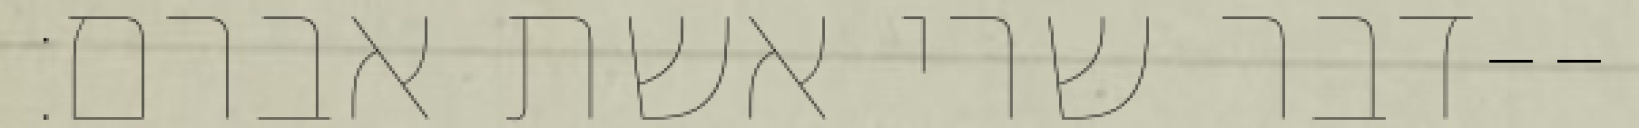
דבר שרי אשת אברם׃--